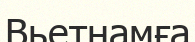
Вьетнамға